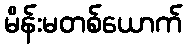
မိန်းမတစ်ယောက်